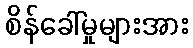
စိန်ခေါ်မှုများအား